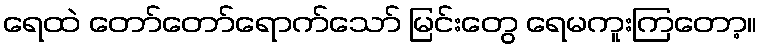
ရေထဲ တော်တော်ရောက်သော် မြင်းတွေ ရေမကူးကြတော့။